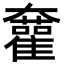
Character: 𡚜